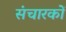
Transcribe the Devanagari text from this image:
संचारकों